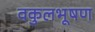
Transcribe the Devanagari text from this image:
वकुलभूषण